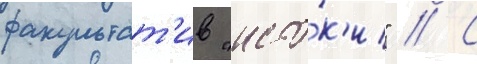
факультат'ив "исто́к'и" // С